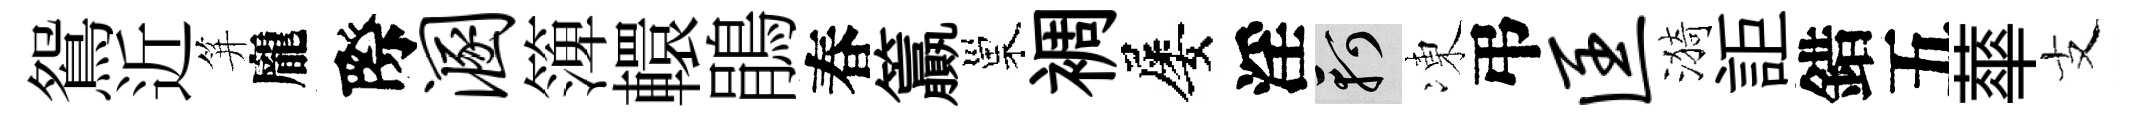
鴛近笄龐際溷𥱼轘鵑春籯巢裯屡淫軻凍弔匡漪詎錯五蕐支